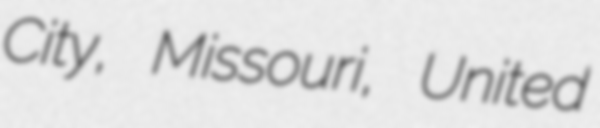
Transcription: City, Missouri, United